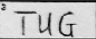
Transcription: TUG